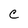
Character: C